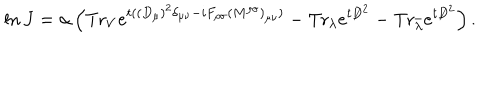
LaTeX: \ln J = \alpha \left( \mathrm { T r } _ { V } e ^ { t ( ( D _ { \mu } ) ^ { 2 } \delta _ { \mu \nu } - i F _ { \rho \sigma } ( M ^ { \rho \sigma } ) _ { \mu \nu } ) } - \mathrm { T r } _ { \lambda } e ^ { t { \not D } ^ { 2 } } - \mathrm { T r } _ { \bar { \lambda } } e ^ { t { \not D } ^ { 2 } } \right) .